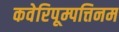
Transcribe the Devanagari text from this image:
कवेरिपूम्पत्तिनम